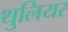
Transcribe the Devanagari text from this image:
थुलियर